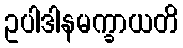
ဥပါဒါနမက္ခာယတိ